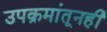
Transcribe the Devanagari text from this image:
उपक्रमांतूनही